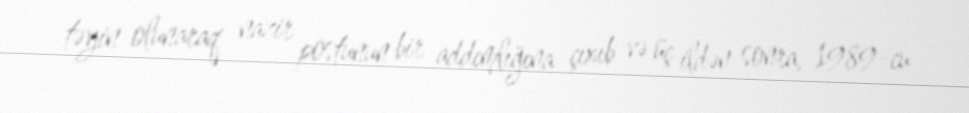
təyin olunaraq nazir postunun bir addımlığına çıxıb və üç ildən sonra, 1989-cu